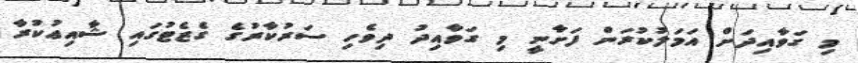
މި ގަވާއިދަށް އަމަލުކުރަން ފަށާނީ މި ގަވާއިދު ދިވެހި ސަރުކާރުގެ ގެޒެޓުގައި ޝާއިޢުކުރާ